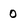
Character: 0